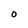
Character: 0